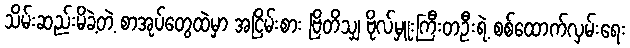
သိမ်းဆည်းမိခဲ့တဲ့ စာအုပ်တွေထဲမှာ အငြိမ်းစား ဗြိတိသျှ ဗိုလ်မှူးကြီးတဦးရဲ့ စစ်ထောက်လှမ်းရေး